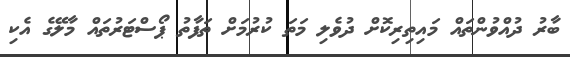
ބާރު ދުއްވުންތައް މައިތިރިކޮށް ދުވެލި މަތަ ކުރުމަށް ތަފާތު ޕޯސްޓަރުތައް މާލޭގެ އެކި